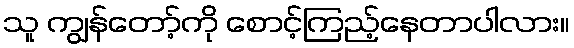
သူ ကျွန်တော့်ကို စောင့်ကြည့်နေတာပါလား။